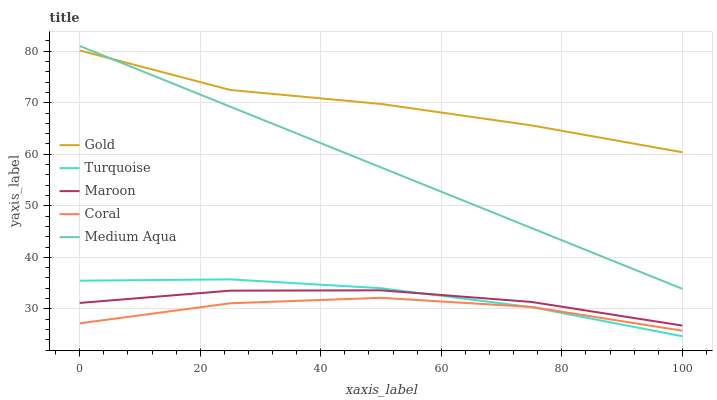
| xaxis_label | Gold | Turquoise | Maroon | Coral | Medium Aqua |
 | --- | --- | --- | --- | --- | --- |
 | 0 | 80.1 | 35.5 | 31.2 | 27.2 | 81 |
 | 25 | 72.5 | 35.7 | 33.5 | 31.1 | 69.2 |
 | 50 | 69.8 | 34 | 33.6 | 32.2 | 57.4 |
 | 75 | 65.6 | 30.3 | 31.3 | 30.4 | 45.7 |
 | 100 | 60.4 | 24.7 | 26.8 | 25.8 | 33.9 |